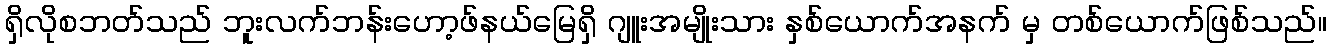
ရှိလိုစဘတ်သည် ဘူးလက်ဘန်းဟော့ဖ်နယ်မြေရှိ ဂျူးအမျိုးသား နှစ်ယောက်အနက် မှ တစ်ယောက်ဖြစ်သည်။